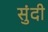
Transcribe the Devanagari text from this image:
सुंदी